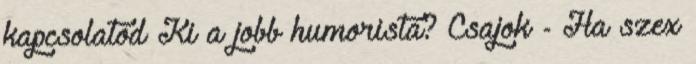
kapcsolatod Ki a jobb humorista? Csajok - Ha szex